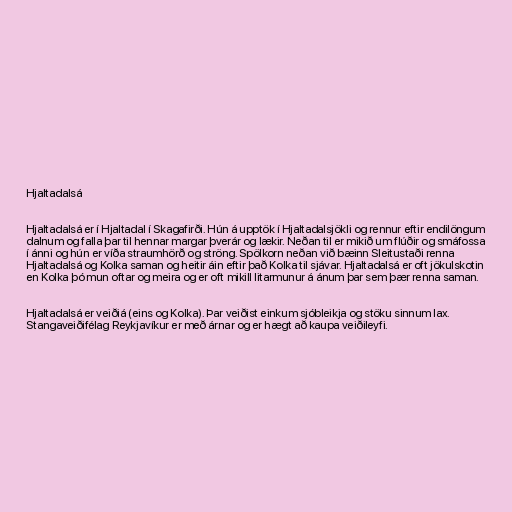
Hjaltadalsá

Hjaltadalsá er í Hjaltadal í Skagafirði. Hún á upptök í Hjaltadalsjökli og rennur eftir endilöngum
dalnum og falla þar til hennar margar þverár og lækir. Neðan til er mikið um flúðir og smáfossa
í ánni og hún er víða straumhörð og ströng. Spölkorn neðan við bæinn Sleitustaði renna
Hjaltadalsá og Kolka saman og heitir áin eftir það Kolka til sjávar. Hjaltadalsá er oft jökulskotin
en Kolka þó mun oftar og meira og er oft mikill litarmunur á ánum þar sem þær renna saman.

Hjaltadalsá er veiðiá (eins og Kolka). Þar veiðist einkum sjóbleikja og stöku sinnum lax.
Stangaveiðifélag Reykjavíkur er með árnar og er hægt að kaupa veiðileyfi.